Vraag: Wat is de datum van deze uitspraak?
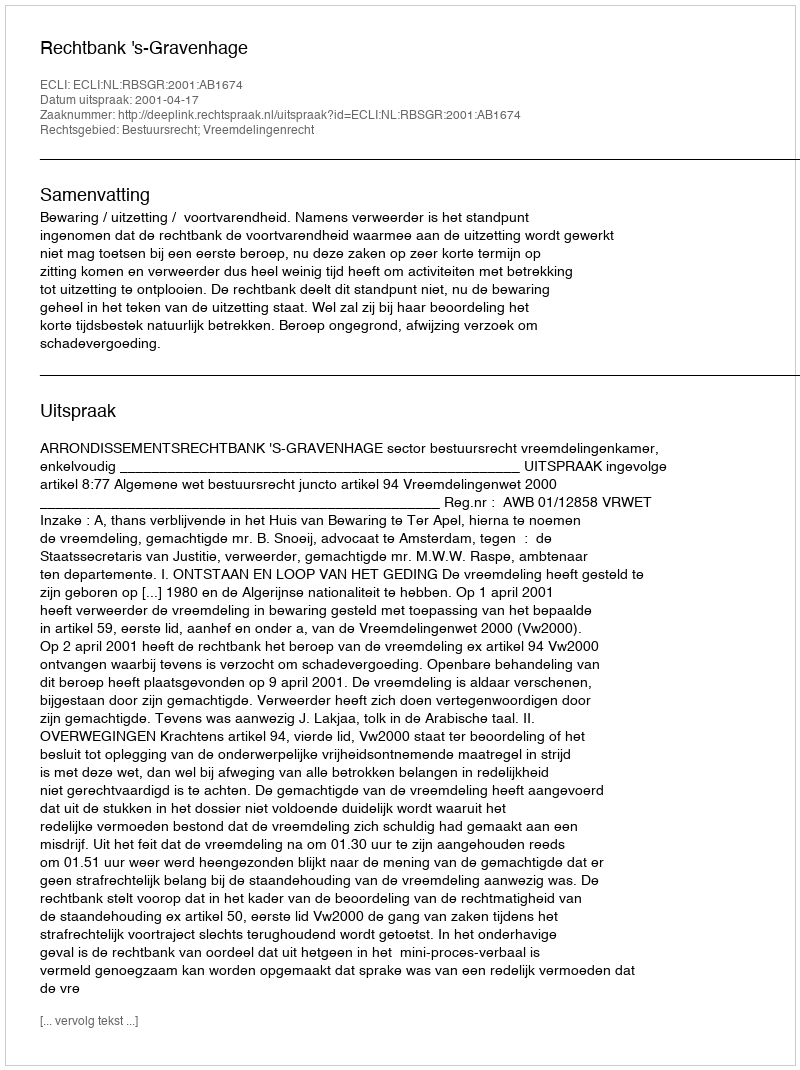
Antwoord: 2001-04-17